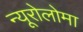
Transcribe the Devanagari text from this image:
न्यूरोलोमा